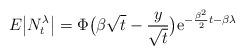
LaTeX: \begin{align*}E \big\vert N_t^{\lambda} \big\vert = \Phi \big( \beta \sqrt{t} - \frac{y}{\sqrt{t}} \big) \mathrm{e}^{- \frac{\beta^2}{2}t - \beta \lambda } \end{align*}